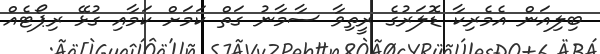
ބިލިއަން އެމެރިކާ ޑޮލަރުގެ ރީތިވާ ސާމާނު ގަތް ކަމަށް ކަމާއި ގުޅޭ ރިޕޯޓެއް